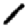
Digit: 1